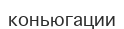
коньюгации